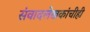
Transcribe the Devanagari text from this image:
संवादलेखकांचीही